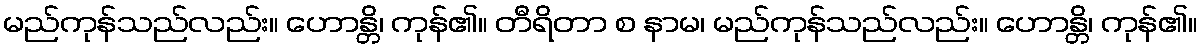
မည်ကုန်သည်လည်း။ ဟောန္တိ၊ ကုန်၏။ တီရိတာ စ နာမ၊ မည်ကုန်သည်လည်း။ ဟောန္တိ၊ ကုန်၏။